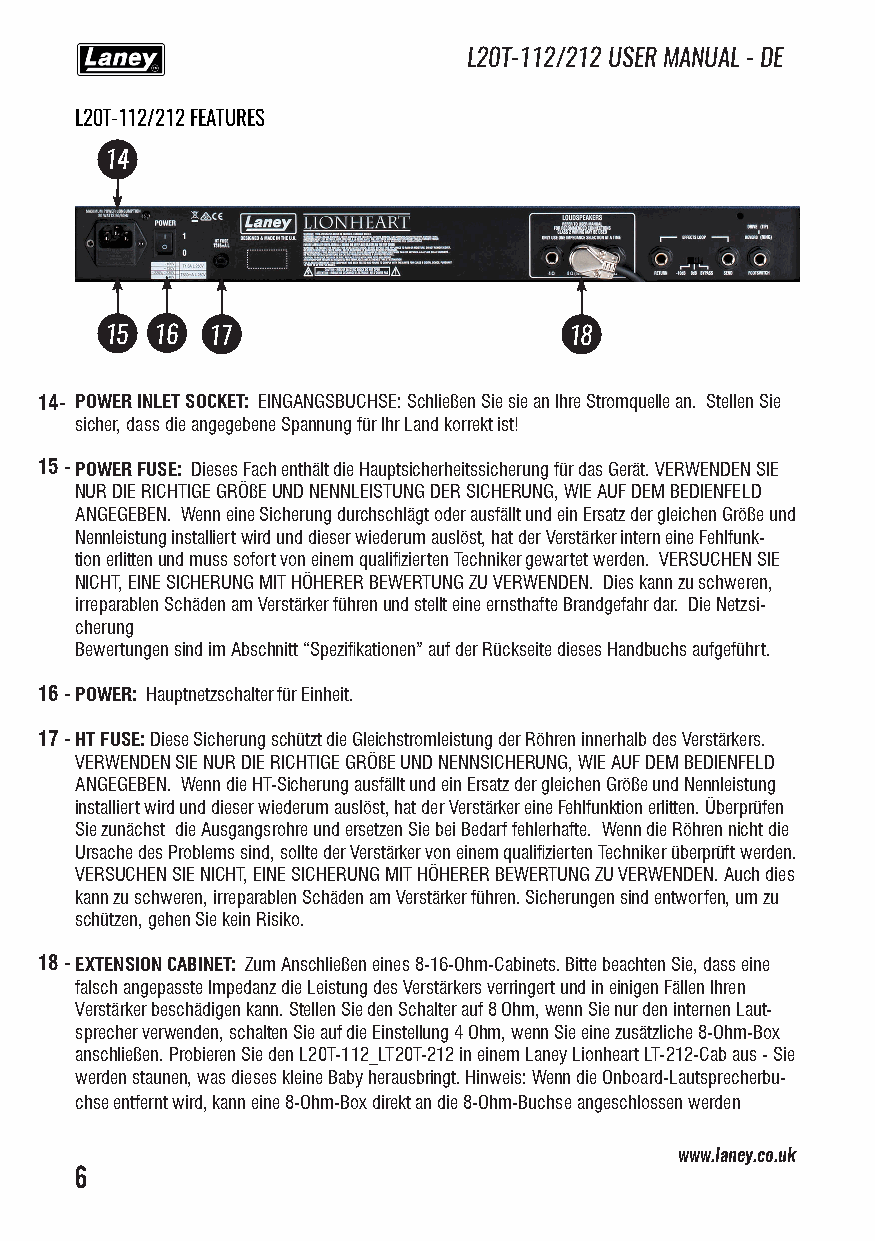
L20T-112/212 USER MANUAL - DE
 L20T-112/212 FEATURES
 14
 15 16  17                      18
 14- POWER INLET SOCKET: EINGANGSBUCHSE: Schließen Sie sie an Ihre Stromquelle an. Stellen Sie
 sicher, dass die angegebene Spannung für Ihr Land korrekt ist!
 15 -POWER FUSE: Dieses Fach enthält die Hauptsicherheitssicherung für das Gerät. VERWENDEN SIE
 NUR DIE RICHTIGE GRÖßE UND NENNLEISTUNG DER SICHERUNG, WIE AUF DEM BEDIENFELD
 ANGEGEBEN. Wenn eine Sicherung durchschlägt oder ausfällt und ein Ersatz der gleichen Größe und
 Nennleistung installiert wird und dieser wiederum auslöst, hat der Verstärker intern eine Fehlfunk-
 tion erlitten und muss sofort von einem qualifizierten Techniker gewartet werden. VERSUCHEN SIE
 NICHT, EINE SICHERUNG MIT HÖHERER BEWERTUNG ZU VERWENDEN. Dies kann zu schweren,
 irreparablen Schäden am Verstärker führen und stellt eine ernsthafte Brandgefahr dar. Die Netzsi-
 cherung
 Bewertungen sind im Abschnitt “Spezifikationen” auf der Rückseite dieses Handbuchs aufgeführt.
 16 -POWER: Hauptnetzschalter für Einheit.
 17 -HT FUSE: Diese Sicherung schützt die Gleichstromleistung der Röhren innerhalb des Verstärkers.
 VERWENDEN SIE NUR DIE RICHTIGE GRÖßE UND NENNSICHERUNG, WIE AUF DEM BEDIENFELD
 ANGEGEBEN. Wenn die HT-Sicherung ausfällt und ein Ersatz der gleichen Größe und Nennleistung
 installiert wird und dieser wiederum auslöst, hat der Verstärker eine Fehlfunktion erlitten. Überprüfen
 Sie zunächst die Ausgangsrohre und ersetzen Sie bei Bedarf fehlerhafte. Wenn die Röhren nicht die
 Ursache des Problems sind, sollte der Verstärker von einem qualifizierten Techniker überprüft werden.
 VERSUCHEN SIE NICHT, EINE SICHERUNG MIT HÖHERER BEWERTUNG ZU VERWENDEN. Auch dies
 kann zu schweren, irreparablen Schäden am Verstärker führen. Sicherungen sind entworfen, um zu
 schützen, gehen Sie kein Risiko.
 18 -EXTENSION CABINET: Zum Anschließen eines 8-16-Ohm-Cabinets. Bitte beachten Sie, dass eine
 falsch angepasste Impedanz die Leistung des Verstärkers verringert und in einigen Fällen Ihren
 Verstärker beschädigen kann. Stellen Sie den Schalter auf 8 Ohm, wenn Sie nur den internen Laut-
 sprecher verwenden, schalten Sie auf die Einstellung 4 Ohm, wenn Sie eine zusätzliche 8-Ohm-Box
 anschließen. Probieren Sie den L20T-112_LT20T-212 in einem Laney Lionheart LT-212-Cab aus - Sie
 werden staunen, was dieses kleine Baby herausbringt. Hinweis: Wenn die Onboard-Lautsprecherbu-
 chse entfernt wird, kann eine 8-Ohm-Box direkt an die 8-Ohm-Buchse angeschlossen werden
 www.laney.co.uk
 6